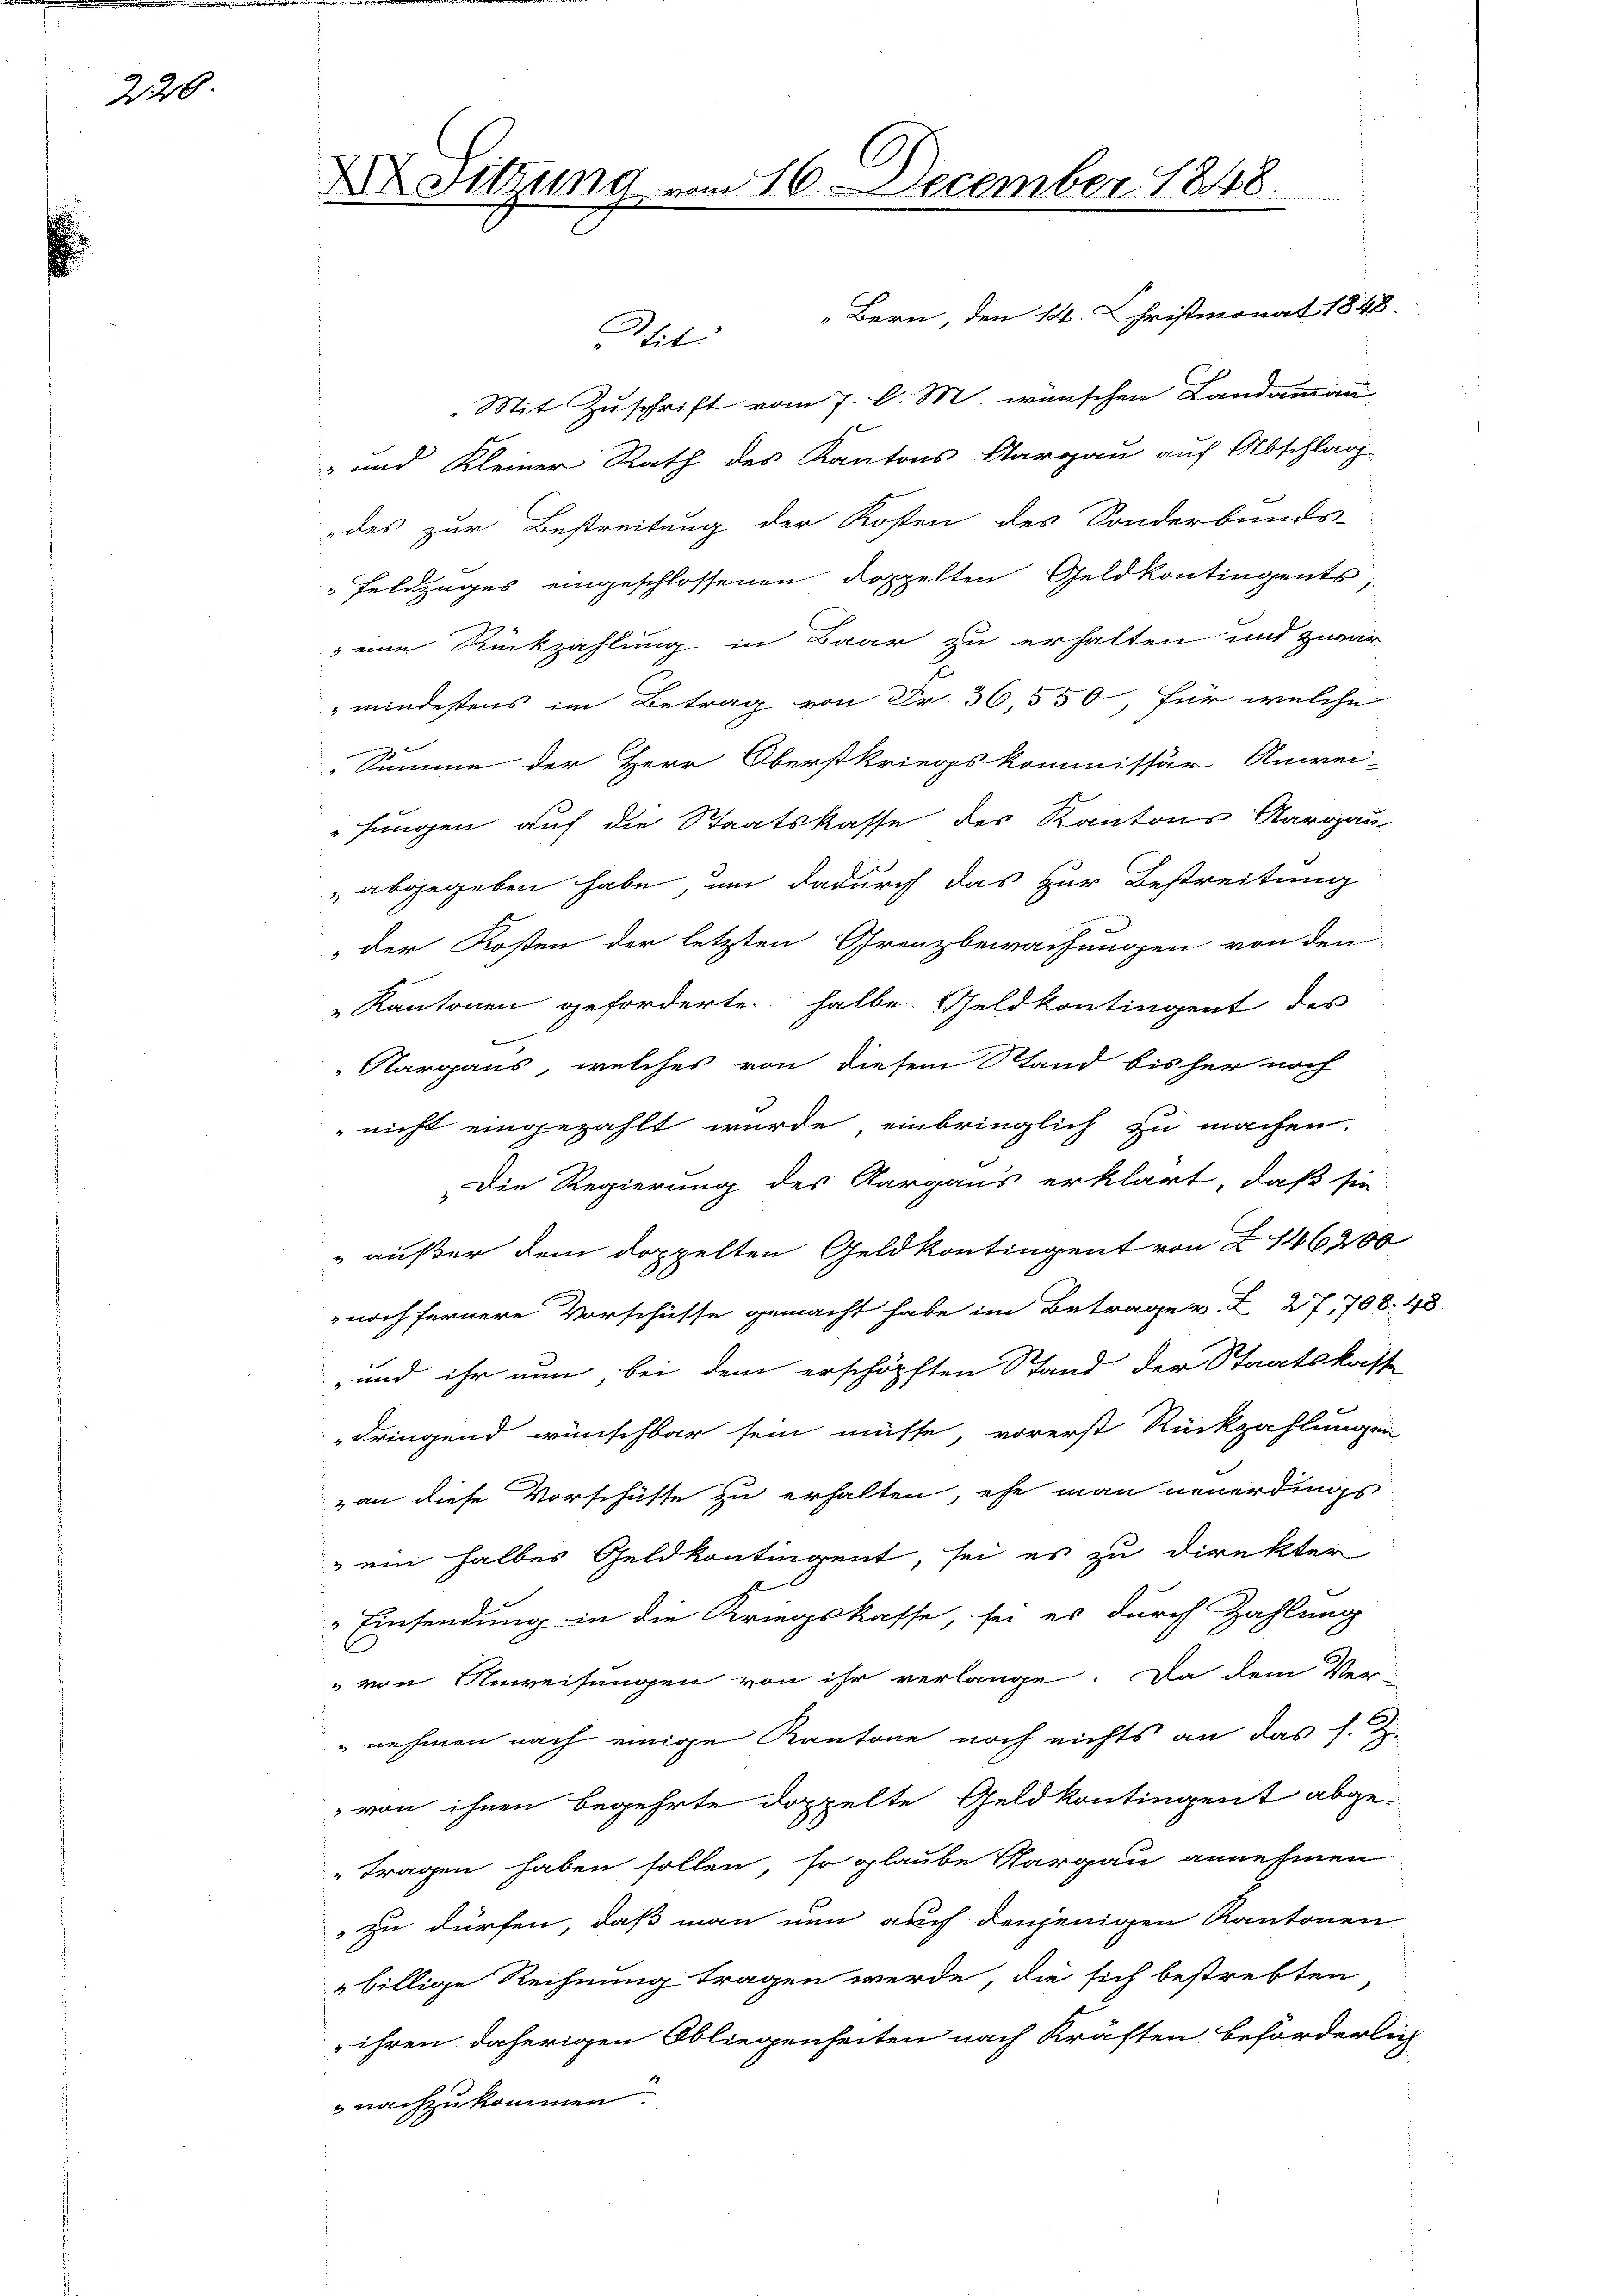
226.

tit Bern, den 14. Christmonat 1848.
Mit Zuschrift vom 7. d. M. wünschen Landammann
- und Kleiner Rath des Kantons Sargau auf Abschlag
des zur Bestreitung der Kosten des Sonderbunds-
Feldzuges eingeschlossenen Doppelten Geldkontingents,
eine Rückzahlung in Baar zu erhalten und zwar
mindestens im Betrag von Fr. 36,550, für welche
Summe der Herr Oberstkriegskommissär Anwei-
"Jungen auf die Staatskasse des Kantons Aargau
 abgegeben habe, um dadurch das zur Bestreitung
der Kosten der letzten Grenzbewachungen von den
„Kantonen geforderte halbe. Geldkontingent des
B
Nargaus, welches von diesem Stand bisher noch
nicht eingezahlt wurde, einbringlich zu machen.
Die Regierung des Aargaus erklärt, daß sie
" außer dem doppelten Geldkontingent von § 146200
 noch fernere Vorschüsse gemacht habe im Betrage v. Z. 27, 708. 48.
und ihr nun, bei dem erschöpften Stand der Staatskasse
dringend wünschbar sein müsse, vorerst Rückzahlungen
van diese Vorschütte zu erhalten, ehe man neuerdings
" ein halbes Geldkontingent, sei es zu direkter
A
" Einsendung in die Kriegskasse, sei es durch Zahlung
" von Anweisungen von ihr verlange. Da dem Vernehmen nach einige Kantone noch nichts an das s. Z.
" von ihnen begehrte doppelte Geld kontingent abgetragen haben sollen, so glaube Nargau annehmen
" zu dürfen, daß man nun auch denjenigen Kantonen
billige Rechnung tragen werde, die sich bestrebten
ihren daherigen Obliegenheiten nach Kräften beförderlich
 nachzukommen.

X Sitzung vom 16. December 1848.